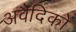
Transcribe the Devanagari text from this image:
अवैदिकों